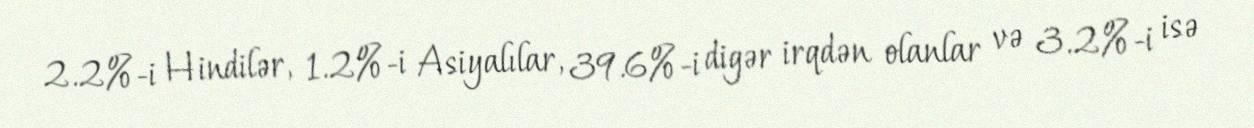
2.2%-i Hindilər, 1.2%-i Asiyalılar, 39.6%-i digər irqdən olanlar və 3.2%-i isə